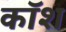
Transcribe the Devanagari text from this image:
कॉश